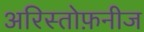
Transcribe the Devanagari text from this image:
अरिस्तोफ़नीज